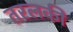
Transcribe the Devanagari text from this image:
तरलकी